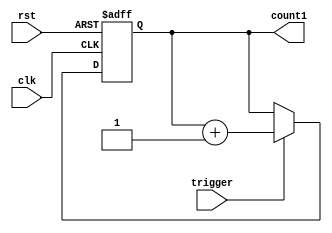
//----------------------------------------------------------------------------
// counter.v
// ---------------------------------------------------------------------------



module counter(clk, rst, trigger, count1);
input clk, rst;
input trigger;
reg [5:0] count;
output  [5:0] count1;

always @(negedge rst or posedge clk)
begin
   if(!rst) count <= 0;
   else if(trigger==1) count <= count+1;
   else ;
end
assign count1 = count;
endmodule